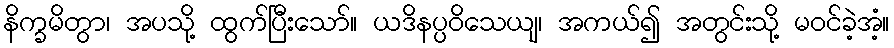
နိက္ခမိတွာ၊ အပသို့ ထွက်ပြီးသော်။ ယဒိနပ္ပဝိသေယျ၊ အကယ်၍ အတွင်းသို့ မဝင်ခဲ့အံ့။